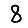
Digit: 8